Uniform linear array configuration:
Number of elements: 16
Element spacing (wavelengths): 0.25
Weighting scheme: hamming
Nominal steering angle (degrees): -30
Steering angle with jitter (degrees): -31.656
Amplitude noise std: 0.05
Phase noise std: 0.05

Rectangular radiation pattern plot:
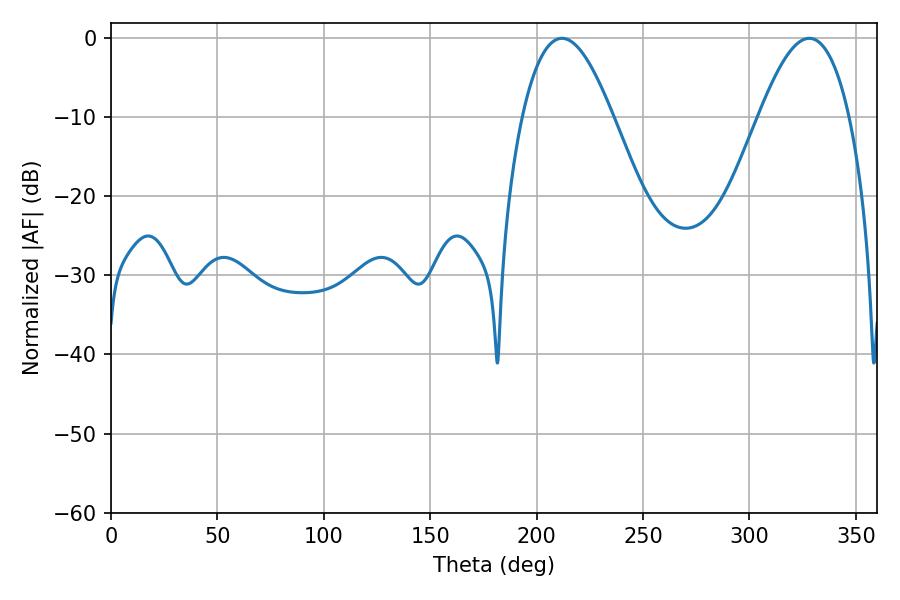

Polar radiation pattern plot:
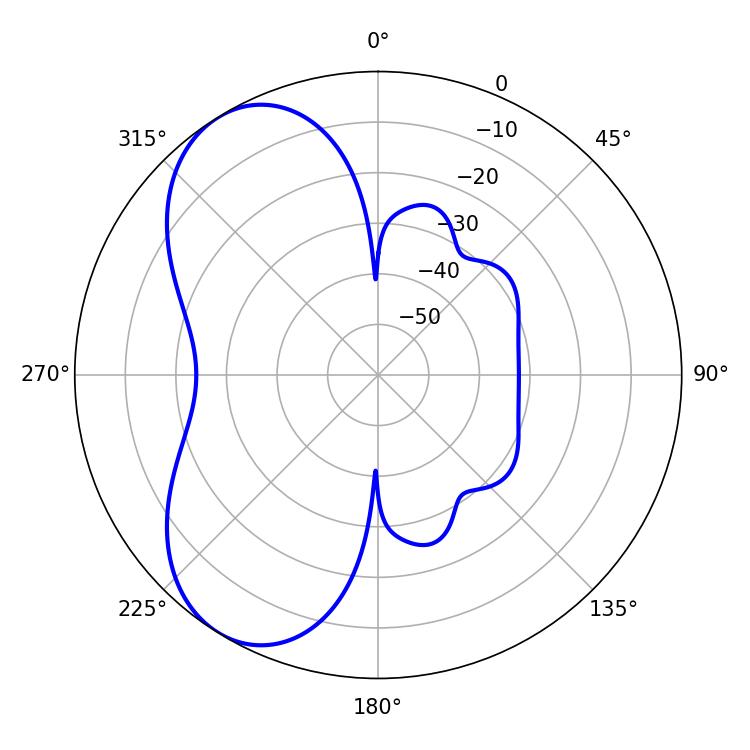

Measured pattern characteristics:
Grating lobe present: FALSE
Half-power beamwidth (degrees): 23.22
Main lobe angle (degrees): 328.14